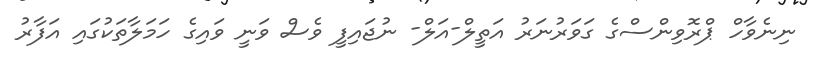
ނިނެވާހް ޕްރޮވިންސްގެ ގަވަރުނަރު އަތީލް-އަލް- ނުޖައިފީ ވެސް ވަނީ ވައިގެ ހަމަލާތަކުގައި އަފާރު